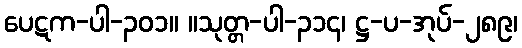
ပေဋက-ပါ-၃၀၁။ ။သုတ္တ-ပါ-၃၁၄၊ ဋ္ဌ-ပ-အုပ်-၂၈၉၊